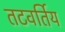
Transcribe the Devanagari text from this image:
तटवर्तिय